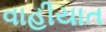
વાહીયાત